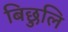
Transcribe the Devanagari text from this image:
बिछुलि